Burma Government Medical School reports 1923-41
Year: 1923
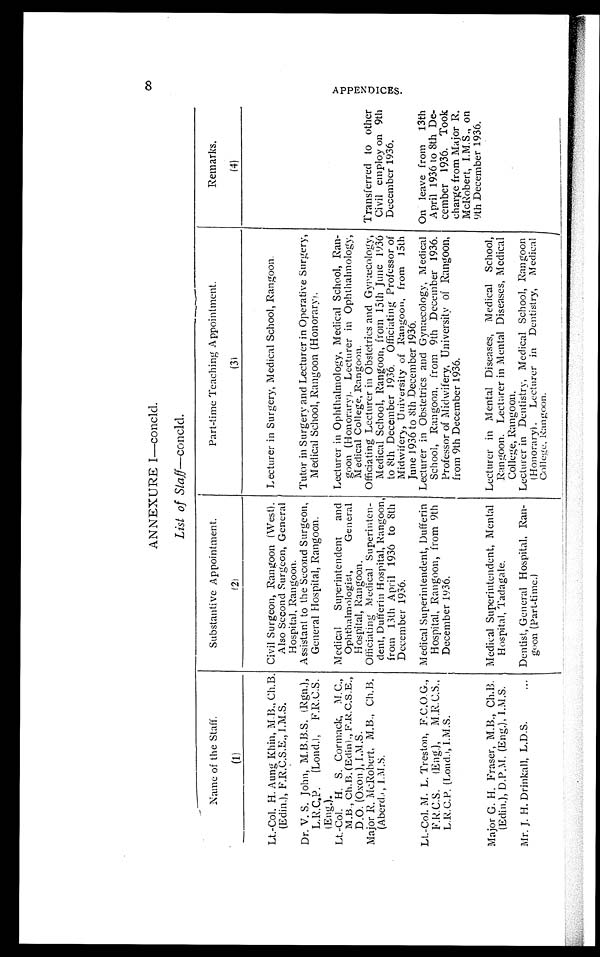
8
ANNEXURE I—concld.
List of Staff—concld.
Name of the Staff.
(1)
Substantive Appointment.
(2)
Part-time Teaching Appointment.
( 3 )
Remarks.
(4)
Lt.-Col. H. Aung Khin, M.B., Ch.B. (Edin.), F.R.C.S.E., I.M.S. Civil Surgeon, Rangoon (West).
Also Second Surgeon, General
Hospital, Rangoon.
Lecturer in Surgery, Medical School, Rangoon.
Dr. V. S. John, M.B.B.S. (Rgn.),
L.R.C.P. (Lond.), F.R.C.S.(Eng).
Assistant to the Second Surgeon,
General Hospital, Rangoon.
Tutor in Surgery and Lecturer in Operative Surgery,
Medical School, Rangoon (Honorary).
Lt.-Col. H. S. Cormack, M.C.,
M . B . , C h . B . ( E d i n ) . , F . R . C . S . E . ,
D.O. (Oxon.), I.M.S.
Medical Superintendent and
Ophthalmologist,
General
Hospital, Rangoon.
Lecturer in Ophthalmology, Medical School, Ran-
goon (Honorary). Lecturer in Ophthalmology,
Medical College, Rangoon.
Major R. McRobert, M.B., Ch.B.
(Aberd.), I.M.S.
Officiating Medical Superinten-
dent, Dufferin Hospital, Rangoon,
from 13th April 1936 to 8th
December 1936.
Officiating Lecturer in Obstetrics and Gynæcology,
Medical School, Rangoon, from 15th June 1936
to 8th December 1936. Officiating Professor of
Midwifery, University of Rangoon, from 15th
June 1936 to 8th December 1936.
Transferred to other
Civil employ on 9th
December 1936.
Lt.-Col. M. L. Treston, F.C.O.G.,
F.R.C.S. (Eng.), M.R.C.S.,
L.R.C.P. (Lond.), I.M.S.
Medical Superintendent, Dufferin
Hospital, Rangoon, from 9th
December 1936.
Lecturer in Obstetrics and Gynæcology, Medical
School, Rangoon, from 9th December 1936.
Professor of Midwifery, University of Rangoon,
from 9th December 1936.
On leave from 13th
April 1936 to 8th De-
cember 1936. Took
charge from Major R.
McRobert, I.M.S., on
9th December 1936.
Major G. H. Fraser, M.B., Ch.B.
(Edin.), D.P.M. (Eng.), I.M.S.
Medical Superintendent, Mental
Hospital, Tadagale.
Lecturer in Mental Diseases, Medical School,
Rangoon. Lecturer in Mental Diseases, Medical
College, Rangoon.
Mr. J. H. Drinkall, L.D.S.
... Dentist, General Hospital, Ran-
goon (Part-time.)
Lecturer in Dentistry, Medical School, Rangoon
(Honorary). Lecturer in Dentistry, Medical
College, Rangoon.
A P P E N D I C E S .